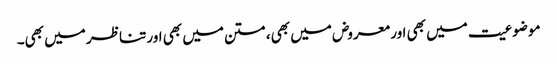
موضوعیت میں بھی اور معروض میں بھی، متن میں بھی اور تناظر میں بھی۔